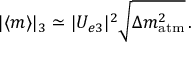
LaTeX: | \langle { m } \rangle | _ { 3 } \simeq | U _ { e 3 } | ^ { 2 } \sqrt { \Delta { m } _ { \mathrm { a t m } } ^ { 2 } } \, .